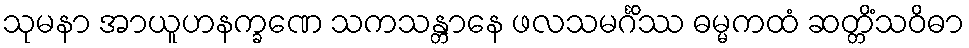
သုမနာ အာယူဟနက္ခဏေ သကသန္တာနေ ဖလသမင်္ဂိဿ ဓမ္မကထံ ဆတ္တိံသဝိဓာ